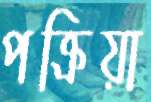
পক্রিয়া